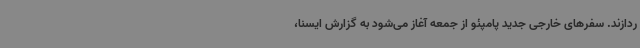
ردازند. سفرهای خارجی جدید پامپئو از جمعه آغاز می‌شود به گزارش ایسنا،